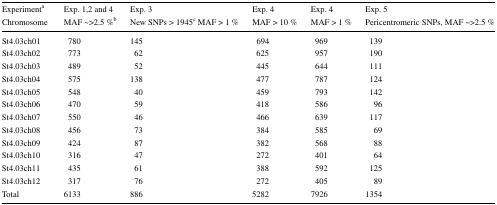
| Experimenta | Exp. 1,2 and 4 | Exp. 3 | Exp. 4 | Exp. 4 | Exp. 5 |
 | Chromosome | MAF ~>2.5 %b | New SNPs > 1945c MAF > 1 % | MAF > 10 % | MAF > 1 % | Pericentromeric SNPs, MAF ~>2.5 % |
 | --- | --- | --- | --- | --- | --- |
 | St4.03ch01 | 780 | 145 | 694 | 969 | 139 |
 | St4.03ch02 | 773 | 62 | 625 | 957 | 190 |
 | St4.03ch03 | 489 | 52 | 445 | 644 | 111 |
 | St4.03ch04 | 575 | 138 | 477 | 787 | 124 |
 | St4.03ch05 | 548 | 40 | 459 | 793 | 142 |
 | St4.03ch06 | 470 | 59 | 418 | 586 | 96 |
 | St4.03ch07 | 550 | 46 | 466 | 639 | 117 |
 | St4.03ch08 | 456 | 73 | 384 | 585 | 69 |
 | St4.03ch09 | 424 | 87 | 382 | 568 | 88 |
 | St4.03ch10 | 316 | 47 | 272 | 401 | 64 |
 | St4.03ch11 | 435 | 61 | 388 | 592 | 125 |
 | St4.03ch12 | 317 | 76 | 272 | 405 | 89 |
 | Total | 6133 | 886 | 5282 | 7926 | 1354 |